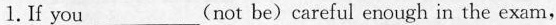
1.If you___(not be)careful enough in the exam,